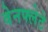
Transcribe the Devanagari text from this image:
वेनफ्लेटे